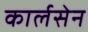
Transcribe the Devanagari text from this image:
कार्लसेन